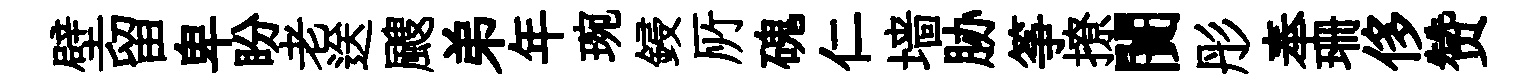
壁留卑盼老送颼弟年琬鋟𠩄磈仁墙胁筝撩闠彤奉珊侈赞